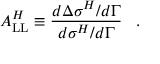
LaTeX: A _ { \mathrm { L L } } ^ { H } \equiv \frac { d \Delta \sigma ^ { H } / d \Gamma } { d \sigma ^ { H } / d \Gamma } \; \; \; .